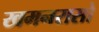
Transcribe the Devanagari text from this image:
खमनरासो